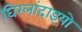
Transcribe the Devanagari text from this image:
घिरलांदाइयो